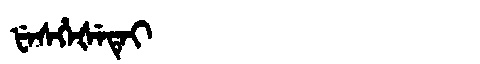
Manchu: ᡶᡝᠰᡥᡝᡧᡝᡨᡝᡳ
Romanization: FESHEŠETEI